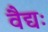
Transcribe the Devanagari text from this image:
वैद्यः